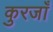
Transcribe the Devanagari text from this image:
कुरजाँ